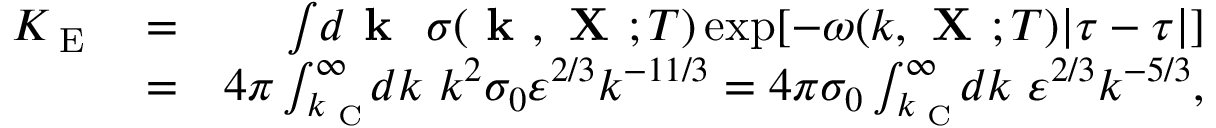
\begin{array} { r l r } { K _ { \textrm { E } } } & { = } & { \int \! d { \textbf { k } } \ \sigma ( { \textbf { k } } , { \textbf { X } } ; T ) \exp [ - \omega ( k , { \textbf { X } } ; T ) | \tau - \tau | ] } \\ & { = } & { 4 \pi \int _ { k _ { \textrm { C } } } ^ { \infty } \! \! d k \ k ^ { 2 } \sigma _ { 0 } \varepsilon ^ { 2 / 3 } k ^ { - 1 1 / 3 } = 4 \pi \sigma _ { 0 } \int _ { k _ { \textrm { C } } } ^ { \infty } \! \! d k \ \varepsilon ^ { 2 / 3 } k ^ { - 5 / 3 } , } \end{array}